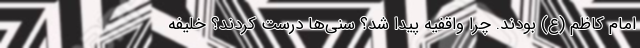
امام کاظم (ع) بودند. چرا واقفیه پیدا شد؟ سنی‌ها درست کردند؟ خلیفه